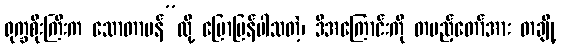
ရုက္ခစိုးကြီးက သောတာပန်”လို့ ပြောပြန်ပါသတဲ့၊ ဒီအကြောင်းကို တပည့်တော်အား တချို့